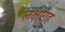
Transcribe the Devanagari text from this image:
लक्षागृह